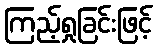
ကြည့်ရှုခြင်းဖြင့်